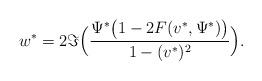
LaTeX: \begin{align*} w^* = 2 \Im \Big( \frac{\Psi^* \big( 1- 2 F(v^*,\Psi ^*)\big)}{1-(v^*)^2} \Big).\end{align*}